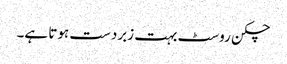
چکن روسٹ بہت زبردست ہوتا ہے۔